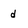
Character: d